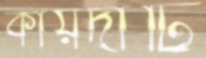
কায়দাটি